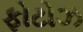
ફોટોઝ